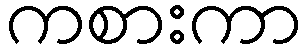
ကစားကာ